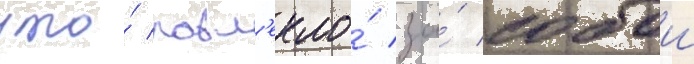
что́ повл'екло́ за́ собои